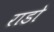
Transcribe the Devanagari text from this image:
राडो